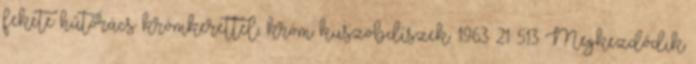
fekete hűtőrács krómkerettel, króm küszöbdíszek. 1963 21 513 Megkezdődik